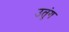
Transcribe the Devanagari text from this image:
उतुंग